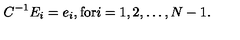
C ^ { - 1 } E _ { i } = e _ { i } , \mathrm { f o r } i = 1 , 2 , \ldots , N - 1 .